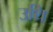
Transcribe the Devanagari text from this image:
उथि